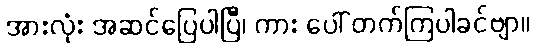
အားလုံး အဆင်ပြေပါပြီ၊ ကား ပေါ် တက်ကြပါခင်ဗျာ။